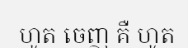
ហូត ចេញ គឺ ហូត